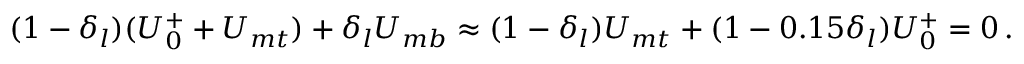
( 1 - \delta _ { l } ) ( U _ { 0 } ^ { + } + U _ { m t } ) + \delta _ { l } U _ { m b } \approx ( 1 - \delta _ { l } ) U _ { m t } + ( 1 - 0 . 1 5 \delta _ { l } ) U _ { 0 } ^ { + } = 0 \, .